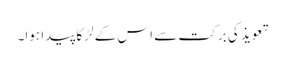
تعویذ کی برکت سے اس کے لڑکا پیدا ہوا۔